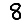
Digit: 8